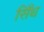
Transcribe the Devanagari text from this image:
सिँध